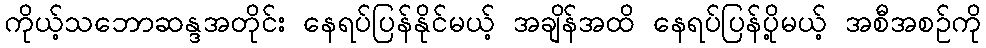
ကိုယ့်သဘောဆန္ဒအတိုင်း နေရပ်ပြန်နိုင်မယ့် အချိန်အထိ နေရပ်ပြန်ပို့မယ့် အစီအစဉ်ကို